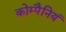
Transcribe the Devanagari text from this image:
कोम्पैनियं